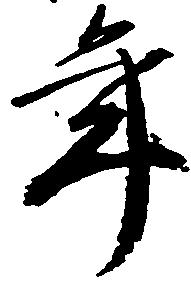
年